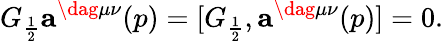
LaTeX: G_{\frac{1}{2}}{\mathbf a}^{\dag\mu\nu}(p)=[G_{\frac{1}{2}},{\mathbf a}^{\dag\mu\nu}(p)]=0.